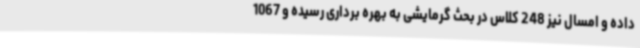
داده و امسال نیز 248 کلاس در بحث گرمایشی به بهره برداری رسیده و 1067